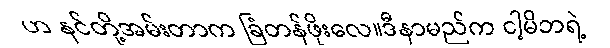
ဟ နင်တို့အမ်းတာက ခြံတန်ဖိုးလေ။ဒီနာမည်က ငါ့မိဘရဲ့